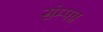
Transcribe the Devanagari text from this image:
संम्पन्न